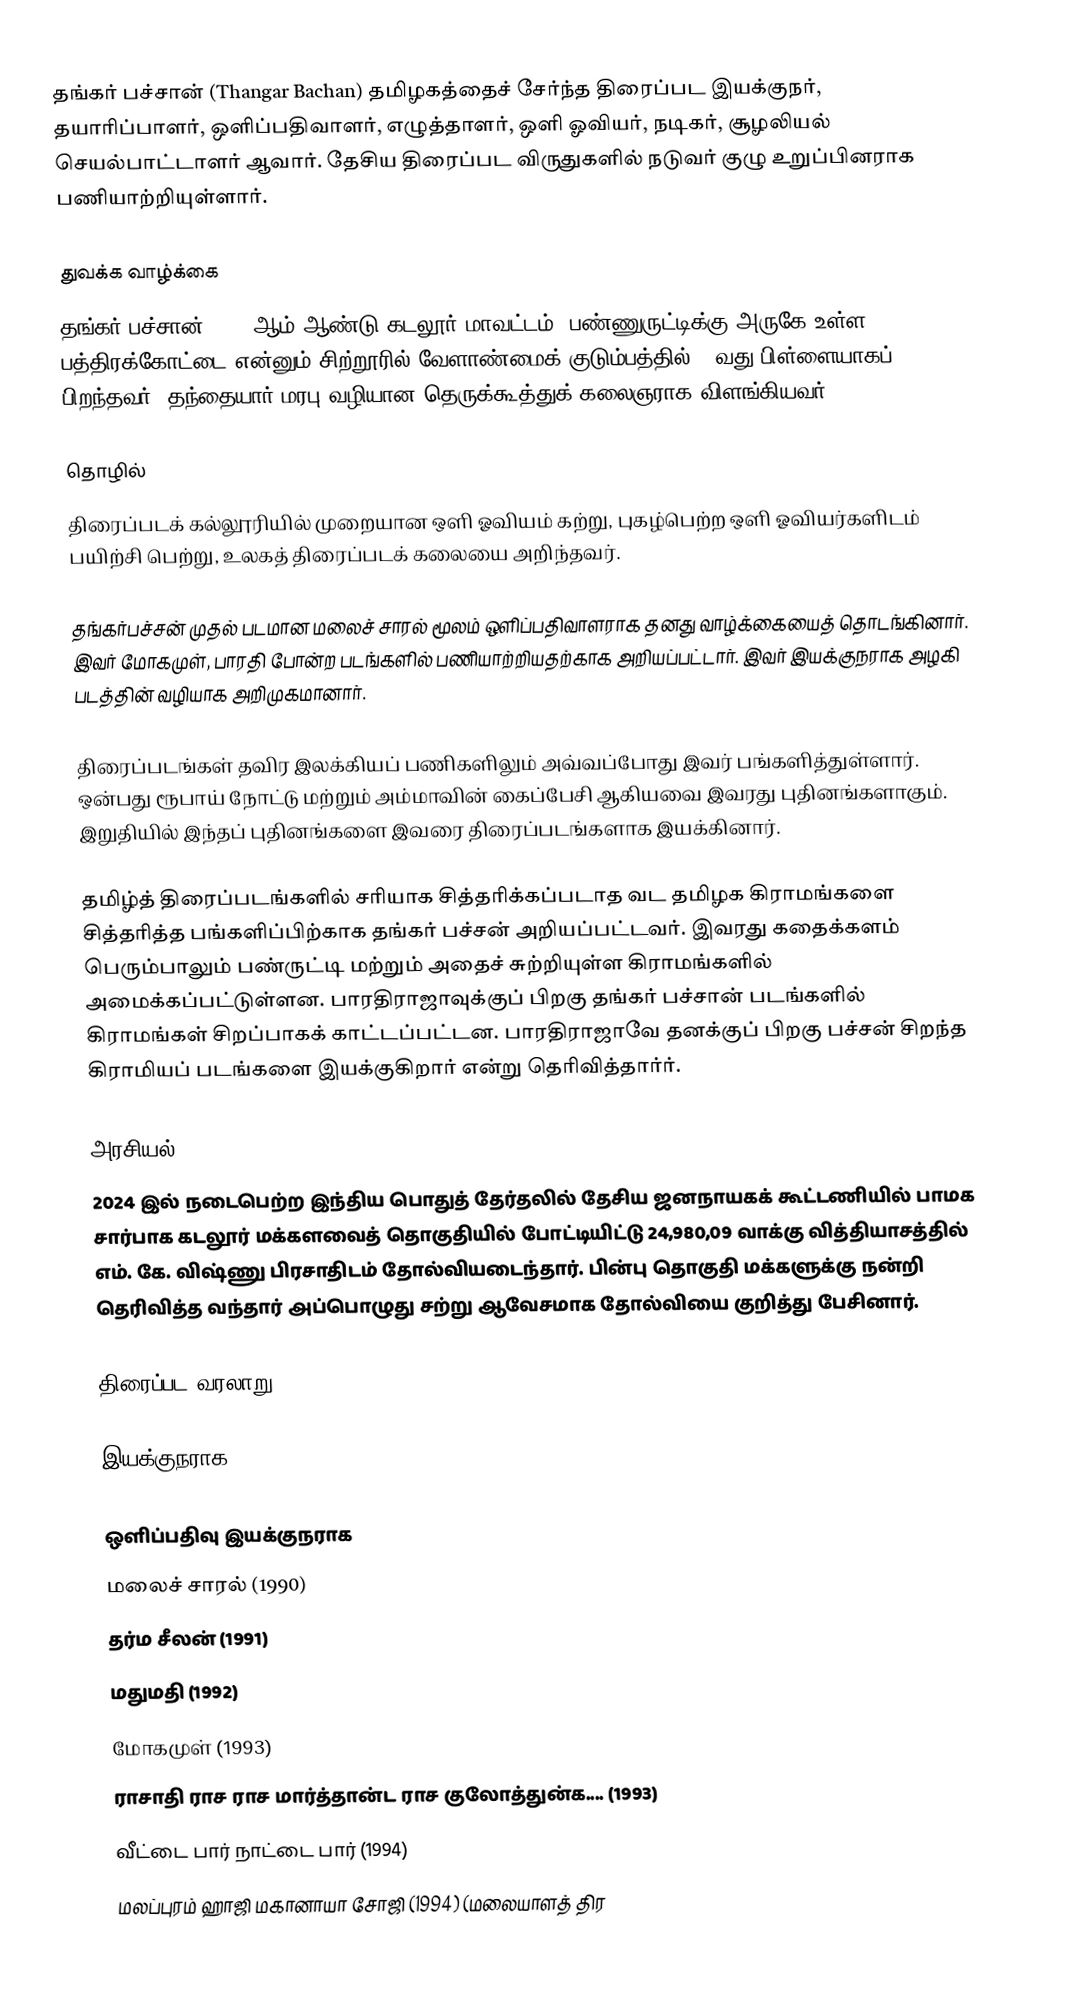
தங்கர் பச்சான் (Thangar Bachan) தமிழகத்தைச் சேர்ந்த திரைப்பட இயக்குநர், தயாரிப்பாளர், ஒளிப்பதிவாளர், எழுத்தாளர், ஒளி ஓவியர், நடிகர், சூழலியல் செயல்பாட்டாளர் ஆவார். தேசிய திரைப்பட விருதுகளில் நடுவர் குழு உறுப்பினராக பணியாற்றியுள்ளார்.

துவக்க வாழ்க்கை
தங்கர் பச்சான் 1961 ஆம் ஆண்டு கடலூர் மாவட்டம், பண்ணுருட்டிக்கு அருகே உள்ள பத்திரக்கோட்டை என்னும் சிற்றூரில் வேளாண்மைக் குடும்பத்தில் 9-வது பிள்ளையாகப் பிறந்தவர். தந்தையார் மரபு வழியான தெருக்கூத்துக் கலைஞராக விளங்கியவர்.

தொழில்
திரைப்படக் கல்லூரியில் முறையான ஒளி ஓவியம் கற்று, புகழ்பெற்ற ஒளி ஓவியர்களிடம் பயிற்சி பெற்று, உலகத் திரைப்படக் கலையை அறிந்தவர்.

தங்கர்பச்சன் முதல் படமான மலைச் சாரல் மூலம் ஒளிப்பதிவாளராக தனது வாழ்க்கையைத் தொடங்கினார். இவர் மோகமுள், பாரதி போன்ற படங்களில் பணியாற்றியதற்காக அறியப்பட்டார். இவர் இயக்குநராக அழகி படத்தின் வழியாக அறிமுகமானார்.

திரைப்படங்கள் தவிர இலக்கியப் பணிகளிலும் அவ்வப்போது இவர் பங்களித்துள்ளார். ஒன்பது ரூபாய் நோட்டு மற்றும் அம்மாவின் கைப்பேசி ஆகியவை இவரது புதினங்களாகும். இறுதியில் இந்தப் புதினங்களை இவரை திரைப்படங்களாக இயக்கினார்.

தமிழ்த் திரைப்படங்களில் சரியாக சித்தரிக்கப்படாத வட தமிழக கிராமங்களை சித்தரித்த பங்களிப்பிற்காக தங்கர் பச்சன் அறியப்பட்டவர். இவரது கதைக்களம் பெரும்பாலும் பண்ருட்டி மற்றும் அதைச் சுற்றியுள்ள கிராமங்களில் அமைக்கப்பட்டுள்ளன. பாரதிராஜாவுக்குப் பிறகு தங்கர் பச்சான் படங்களில் கிராமங்கள் சிறப்பாகக் காட்டப்பட்டன. பாரதிராஜாவே தனக்குப் பிறகு பச்சன் சிறந்த கிராமியப் படங்களை இயக்குகிறார் என்று தெரிவித்தார்ர்.

அரசியல்
2024 இல் நடைபெற்ற இந்திய பொதுத் தேர்தலில் தேசிய ஜனநாயகக் கூட்டணியில் பாமக சார்பாக கடலூர் மக்களவைத் தொகுதியில் போட்டியிட்டு 24,980,09 வாக்கு வித்தியாசத்தில் எம். கே. விஷ்ணு பிரசாதிடம் தோல்வியடைந்தார். பின்பு தொகுதி மக்களுக்கு நன்றி தெரிவித்த வந்தார் அப்பொழுது சற்று ஆவேசமாக தோல்வியை குறித்து பேசினார்.

திரைப்பட வரலாறு

இயக்குநராக

ஒளிப்பதிவு இயக்குநராக
மலைச் சாரல் (1990)
 தர்ம சீலன் (1991)
 மதுமதி (1992)
 மோகமுள் (1993)
 ராசாதி ராச ராச மார்த்தான்ட ராச குலோத்துன்க.... (1993)
 வீட்டை பார் நாட்டை பார் (1994)
 மலப்புரம் ஹாஜி மகானாயா சோஜி (1994) (மலையாளத் திர